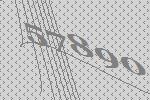
57890